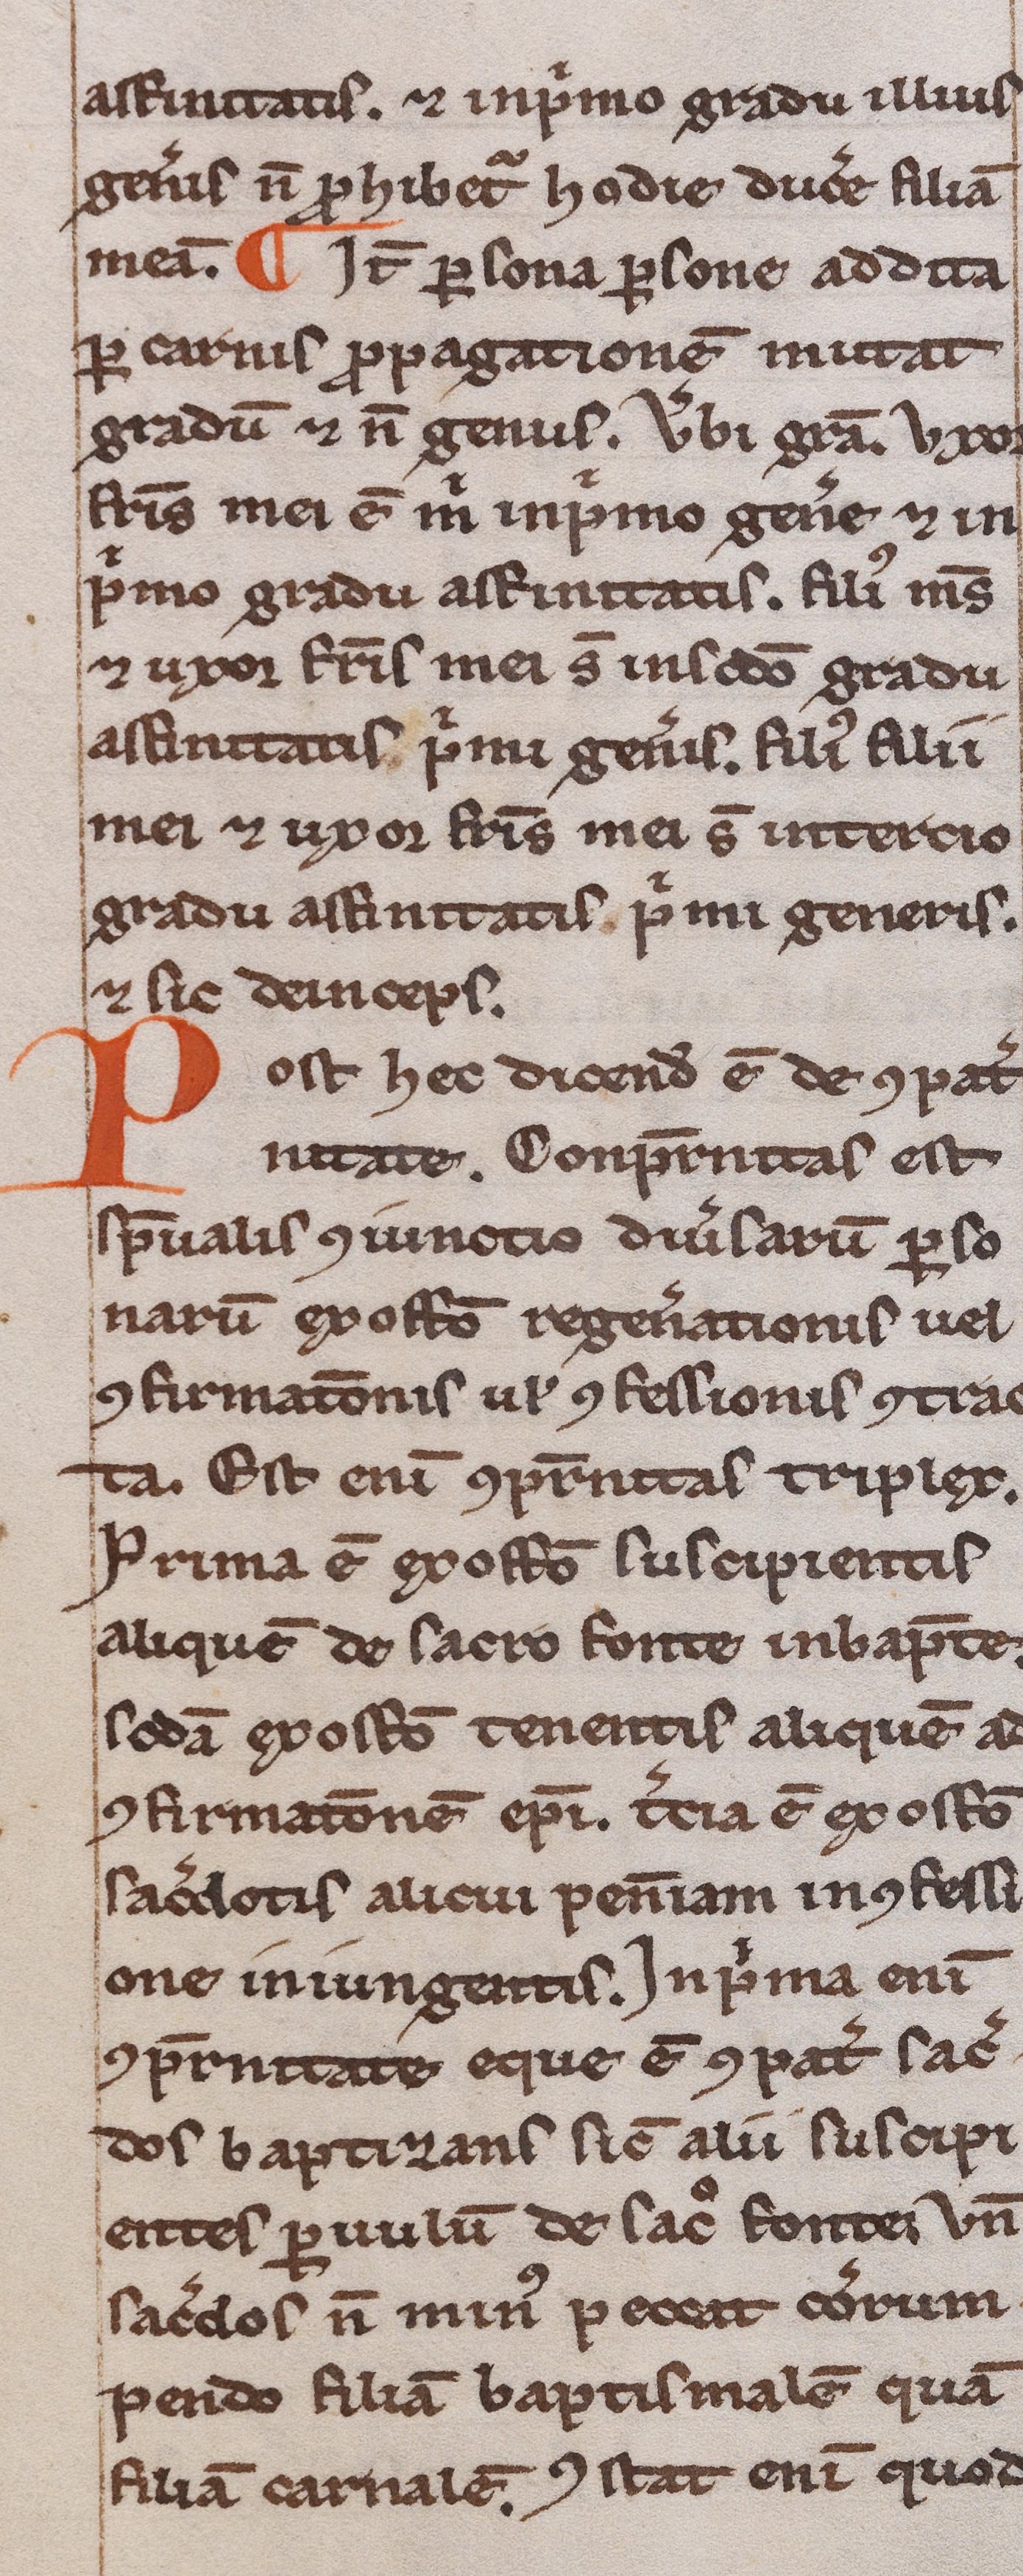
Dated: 1200–1249